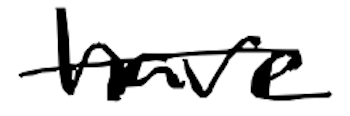
Text: have
Cross-out: single-line
Writing tool: digital_black